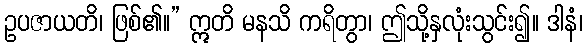
ဥပဇာယတိ၊ ဖြစ်၏။” ဣတိ မနသိ ကရိတွာ၊ ဤသို့နှလုံးသွင်း၍။ ဒါနံ၊